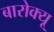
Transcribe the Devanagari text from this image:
बारोक्यू